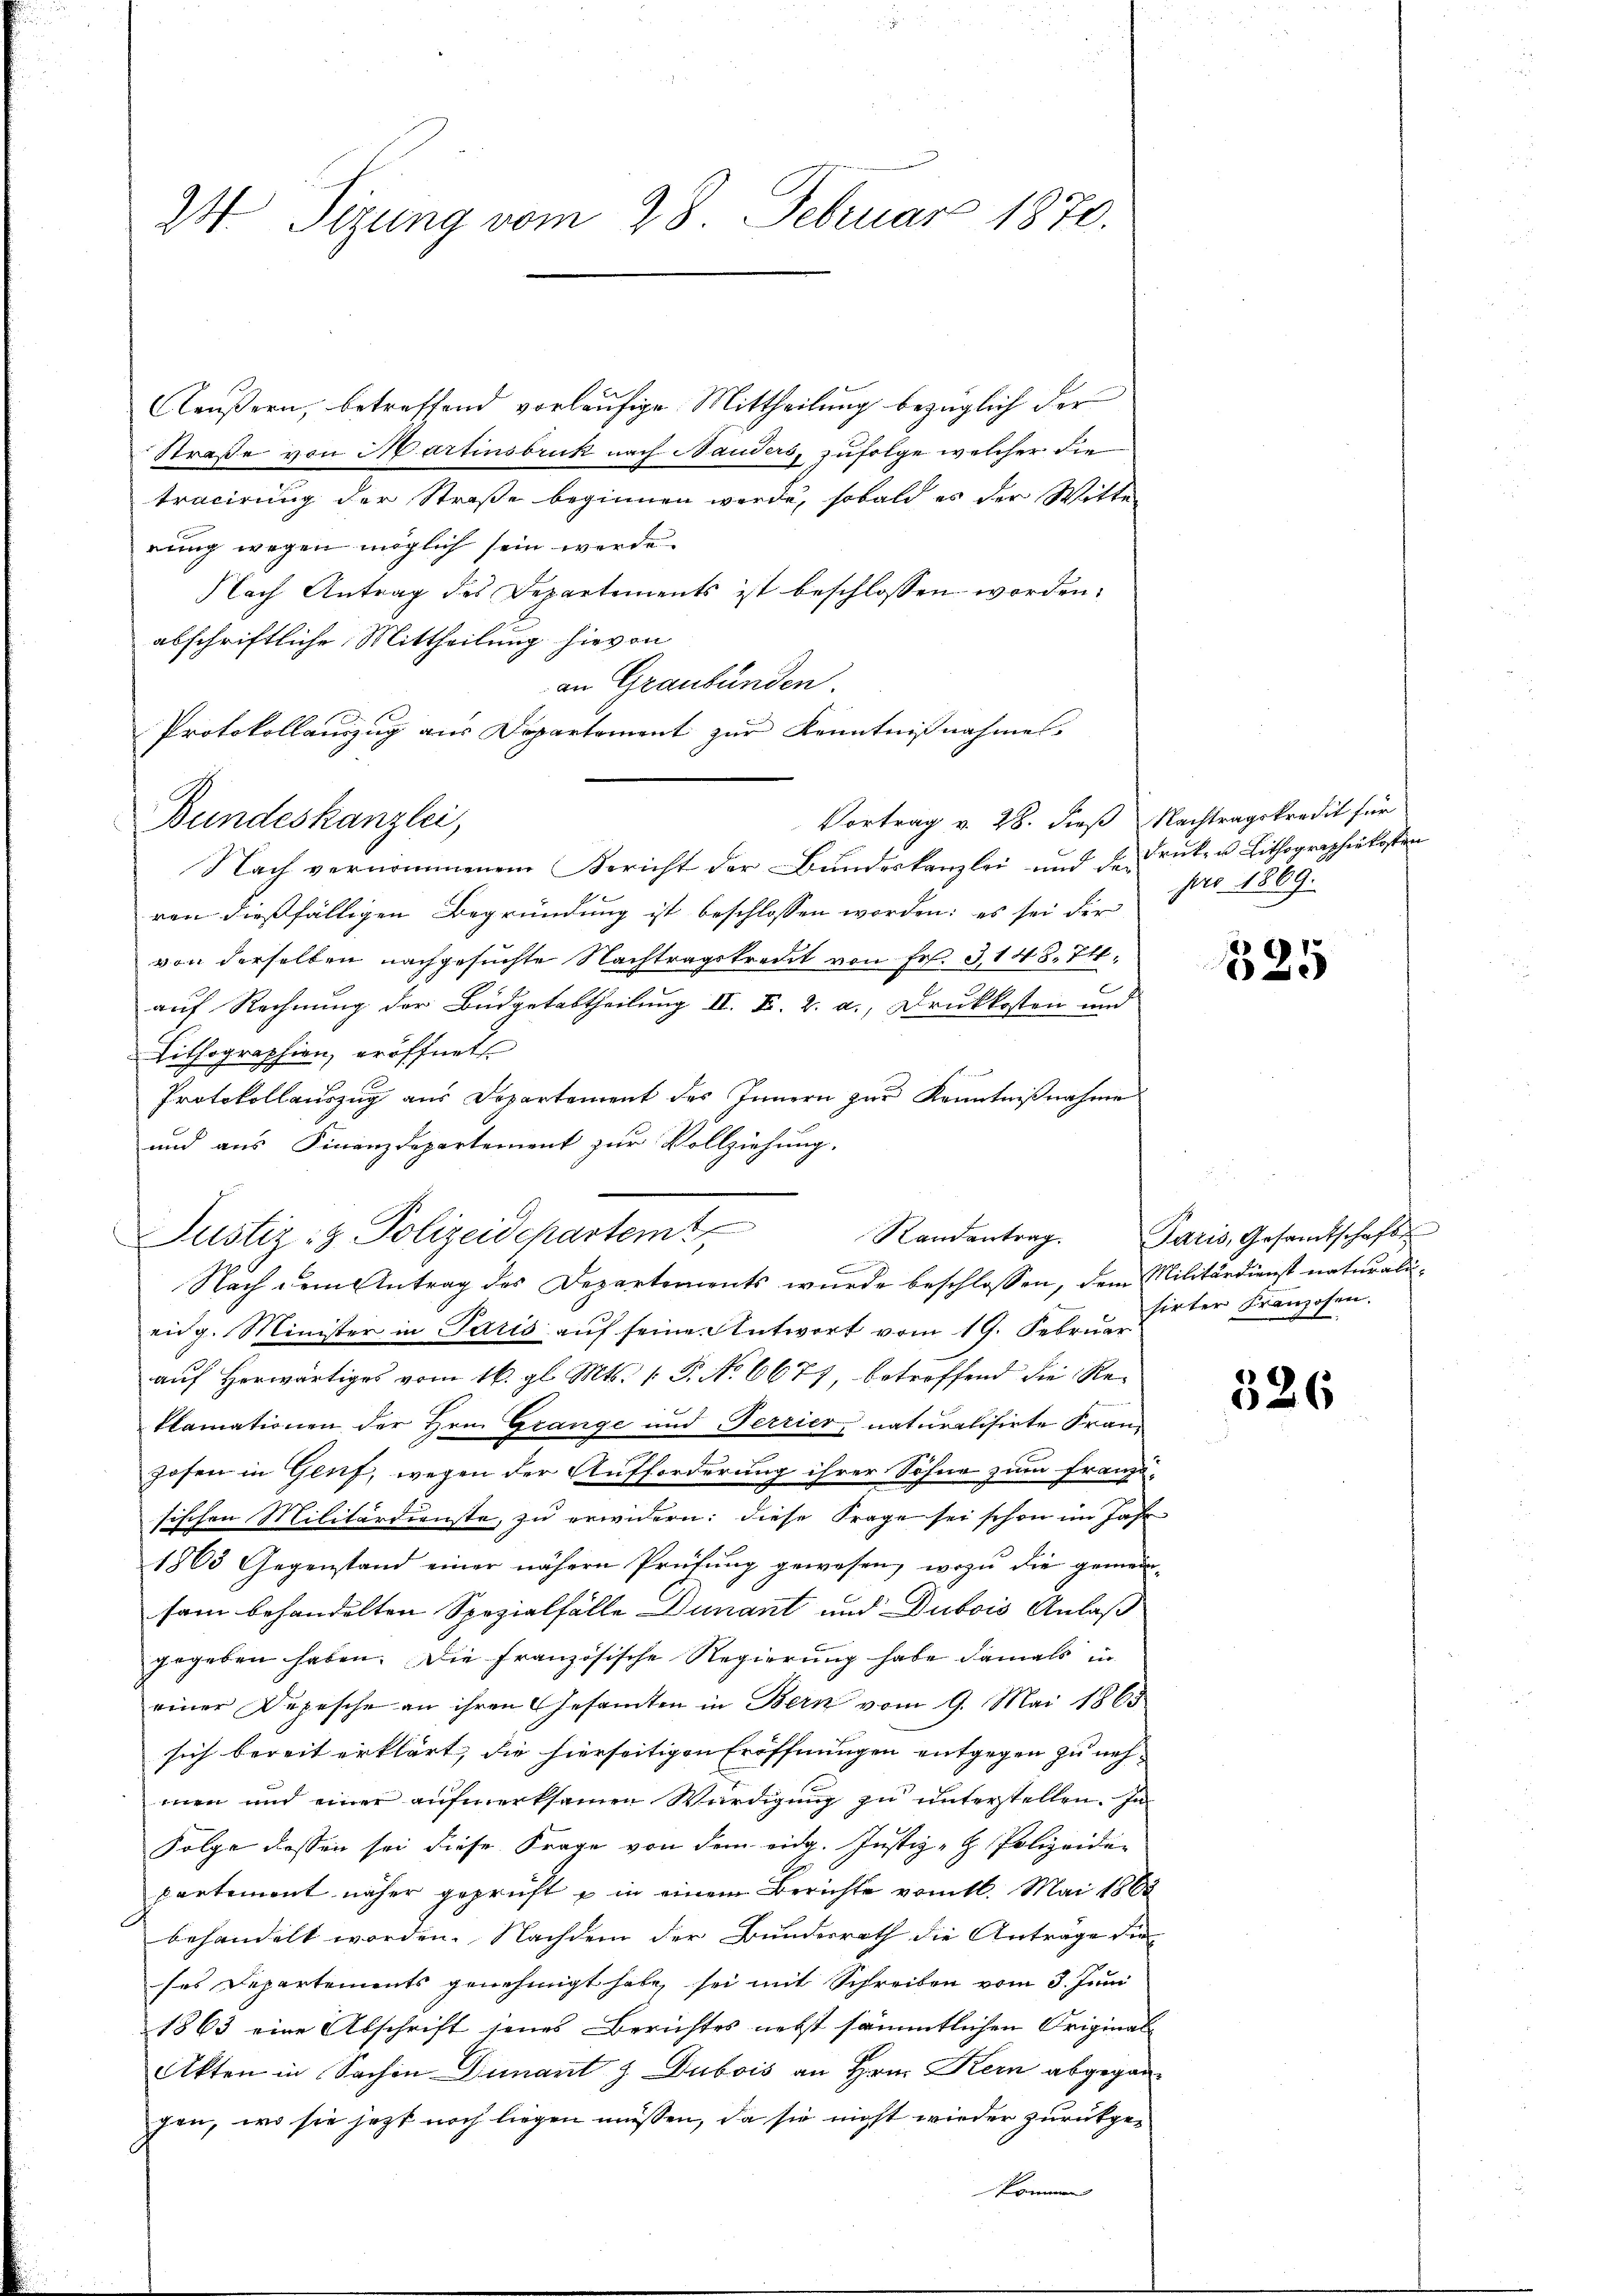
24 Sizung vom 28. Februar 1870.

Käußern, betreffend vorläufige Mittheilung bezüglich der
Straße von Martinsbruk nach Nauders, zufolge welcher die
tracirung der Straße beginnen werde, sobald es der Witter
rung wegen möglich sein werde.
Nach Antrag des Departements ist beschlossen worden:
abschriftliche Mittheilung hievon
an Graubünden.
Protokollauszug aus Departement zur Kenntnißnahmes
Vortrag v. 28. dieß Nachtragskredit für
Bundeskanzlei,
Nach vernommenem Bericht der Bundeskanzlei und der Druker Lithographie kosten
ren dießfälligen Begründung ist beschlossen worden: es sei der
von derselben nachgesuchte Nachtragskredit von Fr. 3148. 74.
C
auf Rechnung der Büdgetabtheilung II. Fr. 2. a., Druckkosten und
Lithographien, eröffnet
Protokollauszug aus Departement des Innern zur Kenntnißnahme
und aus Finanzdepartement zur Vollziehung.
.
Nach dem Antrag des Departements wurde beschlossen, dem Militärdienst naturalieidg. Minister in Paris aŭf seine Antwort vom 19. Februar
auf Horwärtiges vom 16. gl. Mts. 1. P. No 6677, betreffend die Reklamationen der Hrn. Grange und Ferrier, naturalisirte Franzosen in Genf, wegen der Aufforderung ihrer Söhne zum Franzö-
sischen Militärdienste, zu erwidern: diese Frage sei schon im Jahr
1863 Gegenstand einer nähern Prüfung gewesen, wozu die gemein-
sam behandelten Spezialfälle Dunant und Dubois Anlaß
gegeben haben. Die französische Regierung habe damals in
einer Depesche an ihren Gesamten in Bern vom 9. Mai 1865
sich bereit erklärt, die hierseitigen Eröffnungen entgegen zu nehmen und einer aufmerksamen Würdigung zu unterstellen. In
Folge dessen sei diese Frage von dem eidg. Justiz- & Polizeiden
partemont näher geprüft u in einem Berichte vom 16. Mai 1863
behandelt worden. Nachdem der Bundesrath die Anträge die
ses Departements genehmigt habe, sei mit Schreiben vom 3. Juni
1863 eine Abschrift jenes Berichtes nebst sämmtlichen Original-
Akten in Sachen Dimant z Dubois an Hrn. Kein abgegangen, wo sie jetzt noch liegen müssen, da sie nicht wieder zurückgekommen

Justiz- & Polizeidepartem Randantrag. Paris, Gesamtschafte

pro 1869.

325

sirter Franzosen.

526